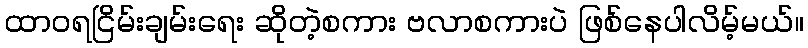
ထာဝရငြိမ်းချမ်းရေး ဆိုတဲ့စကား ဗလာစကားပဲ ဖြစ်နေပါလိမ့်မယ်။